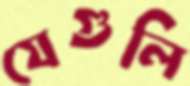
যেগুলি